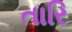
તારિ